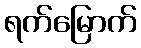
ရက်မြောက်